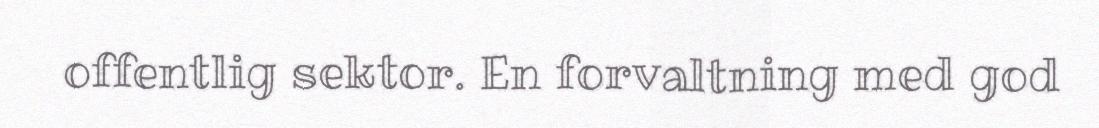
offentlig sektor. En forvaltning med god